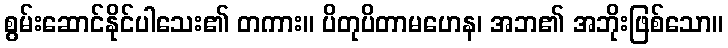
စွမ်းဆောင်နိုင်ပါသေး၏ တကား။ ပိတုပိတာမဟေန၊ အဘ၏ အဘိုးဖြစ်သော။